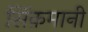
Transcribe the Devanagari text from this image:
सिंक़मानी